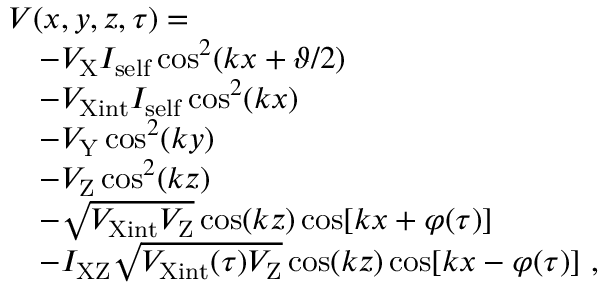
\begin{array} { r l } & { V ( x , y , z , \tau ) = } \\ & { \quad - V _ { \mathrm { X } } I _ { \mathrm { s e l f } } \cos ^ { 2 } ( k x + \vartheta / 2 ) } \\ & { \quad - V _ { \mathrm { X i n t } } I _ { \mathrm { s e l f } } \cos ^ { 2 } ( k x ) } \\ & { \quad - V _ { \mathrm { Y } } \cos ^ { 2 } ( k y ) } \\ & { \quad - V _ { \mathrm { Z } } \cos ^ { 2 } ( k z ) } \\ & { \quad - \sqrt { V _ { \mathrm { X i n t } } V _ { \mathrm { Z } } } \cos ( k z ) \cos [ k x + \varphi ( \tau ) ] } \\ & { \quad - I _ { \mathrm { X Z } } \sqrt { V _ { \mathrm { X i n t } } ( \tau ) V _ { \mathrm { Z } } } \cos ( k z ) \cos [ k x - \varphi ( \tau ) ] ~ , } \end{array}